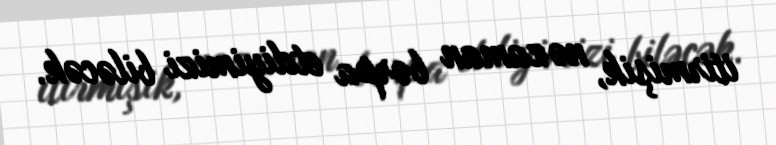
itirmişik, nə zaman bərpa etdiyimizi biləcək.